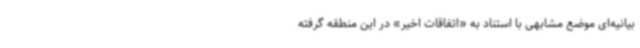
بیانیه‌ای موضع مشابهی با استناد به «اتفاقات اخیر» در این منطقه گرفته